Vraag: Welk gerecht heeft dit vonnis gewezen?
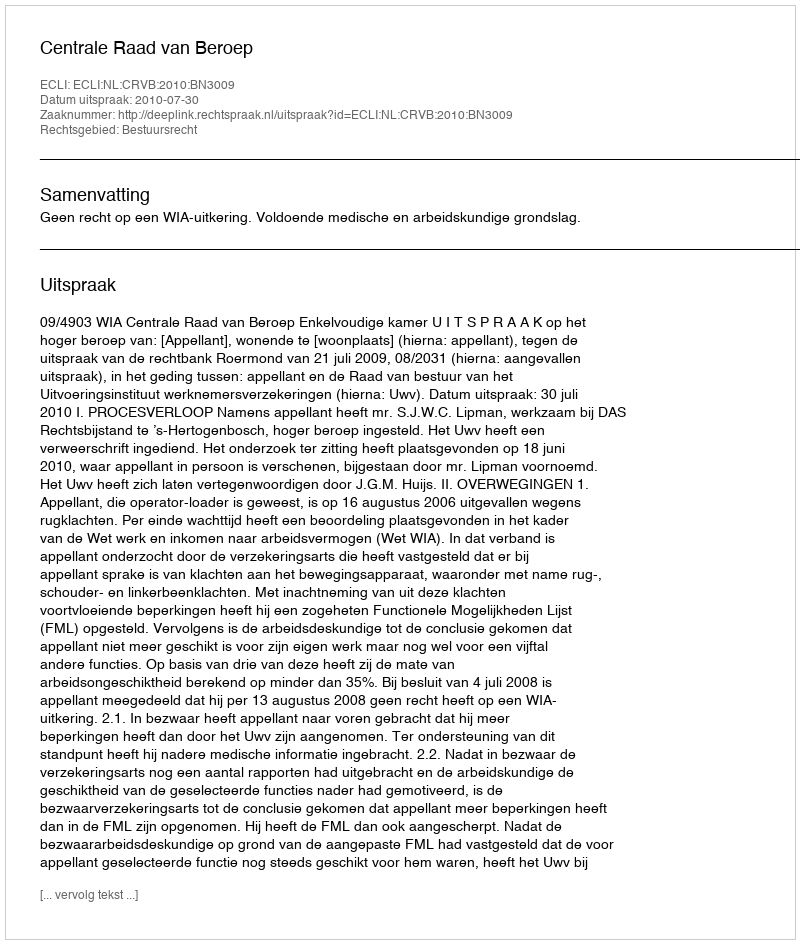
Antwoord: Centrale Raad van Beroep